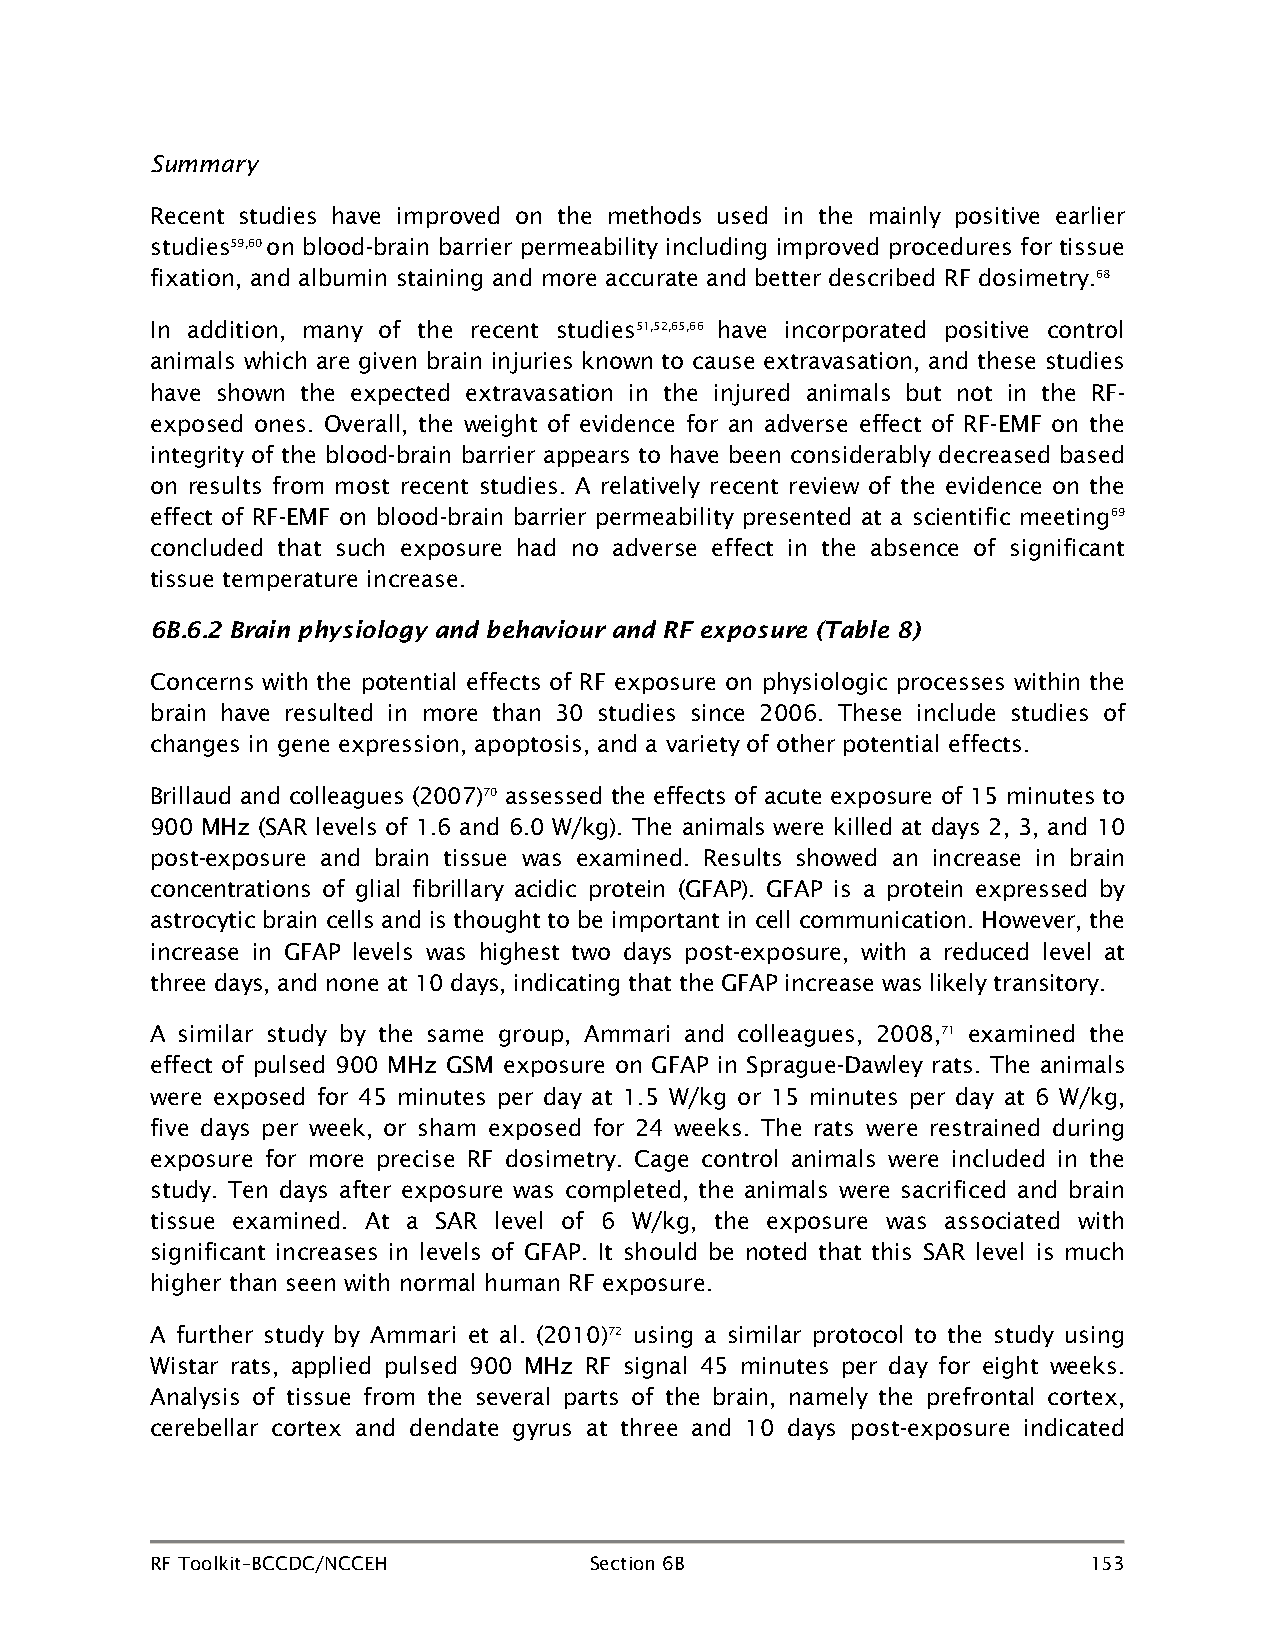
Summary
 Recent studies have improved on the methods used in the mainly positive earlier
 studies59,60 on blood-brain barrier permeability including improved procedures for tissue
 fixation, and albumin staining and more accurate and better described RF dosimetry.68
 In addition, many of the recent studies51,52,65,66 have incorporated positive control
 animals which are given brain injuries known to cause extravasation, and these studies
 have shown the expected extravasation in the injured animals but not in the RF-
 exposed ones. Overall, the weight of evidence for an adverse effect of RF-EMF on the
 integrity of the blood-brain barrier appears to have been considerably decreased based
 on results from most recent studies. A relatively recent review of the evidence on the
 effect of RF-EMF on blood-brain barrier permeability presented at a scientific meeting69
 concluded that such exposure had no adverse effect in the absence of significant
 tissue temperature increase.
 6B.6.2 Brain physiology and behaviour and RF exposure (Table 8)
 Concerns with the potential effects of RF exposure on physiologic processes within the
 brain have resulted in more than 30 studies since 2006. These include studies of
 changes in gene expression, apoptosis, and a variety of other potential effects.
 Brillaud and colleagues (2007)70 assessed the effects of acute exposure of 15 minutes to
 900 MHz (SAR levels of 1.6 and 6.0 W/kg). The animals were killed at days 2, 3, and 10
 post-exposure and brain tissue was examined. Results showed an increase in brain
 concentrations of glial fibrillary acidic protein (GFAP). GFAP is a protein expressed by
 astrocytic brain cells and is thought to be important in cell communication. However, the
 increase in GFAP levels was highest two days post-exposure, with a reduced level at
 three days, and none at 10 days, indicating that the GFAP increase was likely transitory.
 A similar study by the same group, Ammari and colleagues, 2008,71 examined the
 effect of pulsed 900 MHz GSM exposure on GFAP in Sprague-Dawley rats. The animals
 were exposed for 45 minutes per day at 1.5 W/kg or 15 minutes per day at 6 W/kg,
 five days per week, or sham exposed for 24 weeks. The rats were restrained during
 exposure for more precise RF dosimetry. Cage control animals were included in the
 study. Ten days after exposure was completed, the animals were sacrificed and brain
 tissue examined. At a SAR level of 6 W/kg, the exposure was associated with
 significant increases in levels of GFAP. It should be noted that this SAR level is much
 higher than seen with normal human RF exposure.
 A further study by Ammari et al. (2010)72 using a similar protocol to the study using
 Wistar rats, applied pulsed 900 MHz RF signal 45 minutes per day for eight weeks.
 Analysis of tissue from the several parts of the brain, namely the prefrontal cortex,
 cerebellar cortex and dendate gyrus at three and 10 days post-exposure indicated
 RF Toolkit–BCCDC/NCCEH       Section 6B                       153